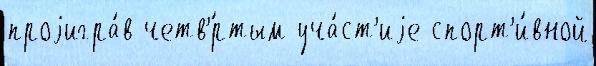
проjигра́в четв'́ртым уча́ст'иjе спорт'и́вной